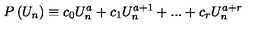
P \left( U _ { n } \right) \equiv c _ { 0 } U _ { n } ^ { a } + c _ { 1 } U _ { n } ^ { a + 1 } + . . . + c _ { r } U _ { n } ^ { a + r }